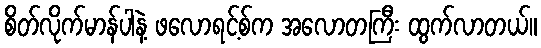
စိတ်လိုက်မာန်ပါနဲ့ ဖလောရင့်စ်က အလောတကြီး ထွက်လာတယ်။